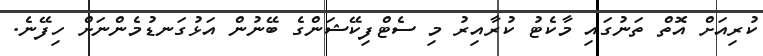
ކުރިއަށް އޮތް ތަނުގައި މާކެޓު ކުރާއިރު މި ސެޓްފިކޭޝަންގެ ބޭނުން އަޅުގަނޑުމެންނަށް ހިފޭނެ.